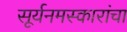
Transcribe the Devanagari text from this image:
सूर्यनमस्कारांचा